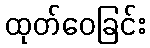
ထုတ်ဝေခြင်း